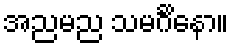
အညမည သမင်္ဂိနော။